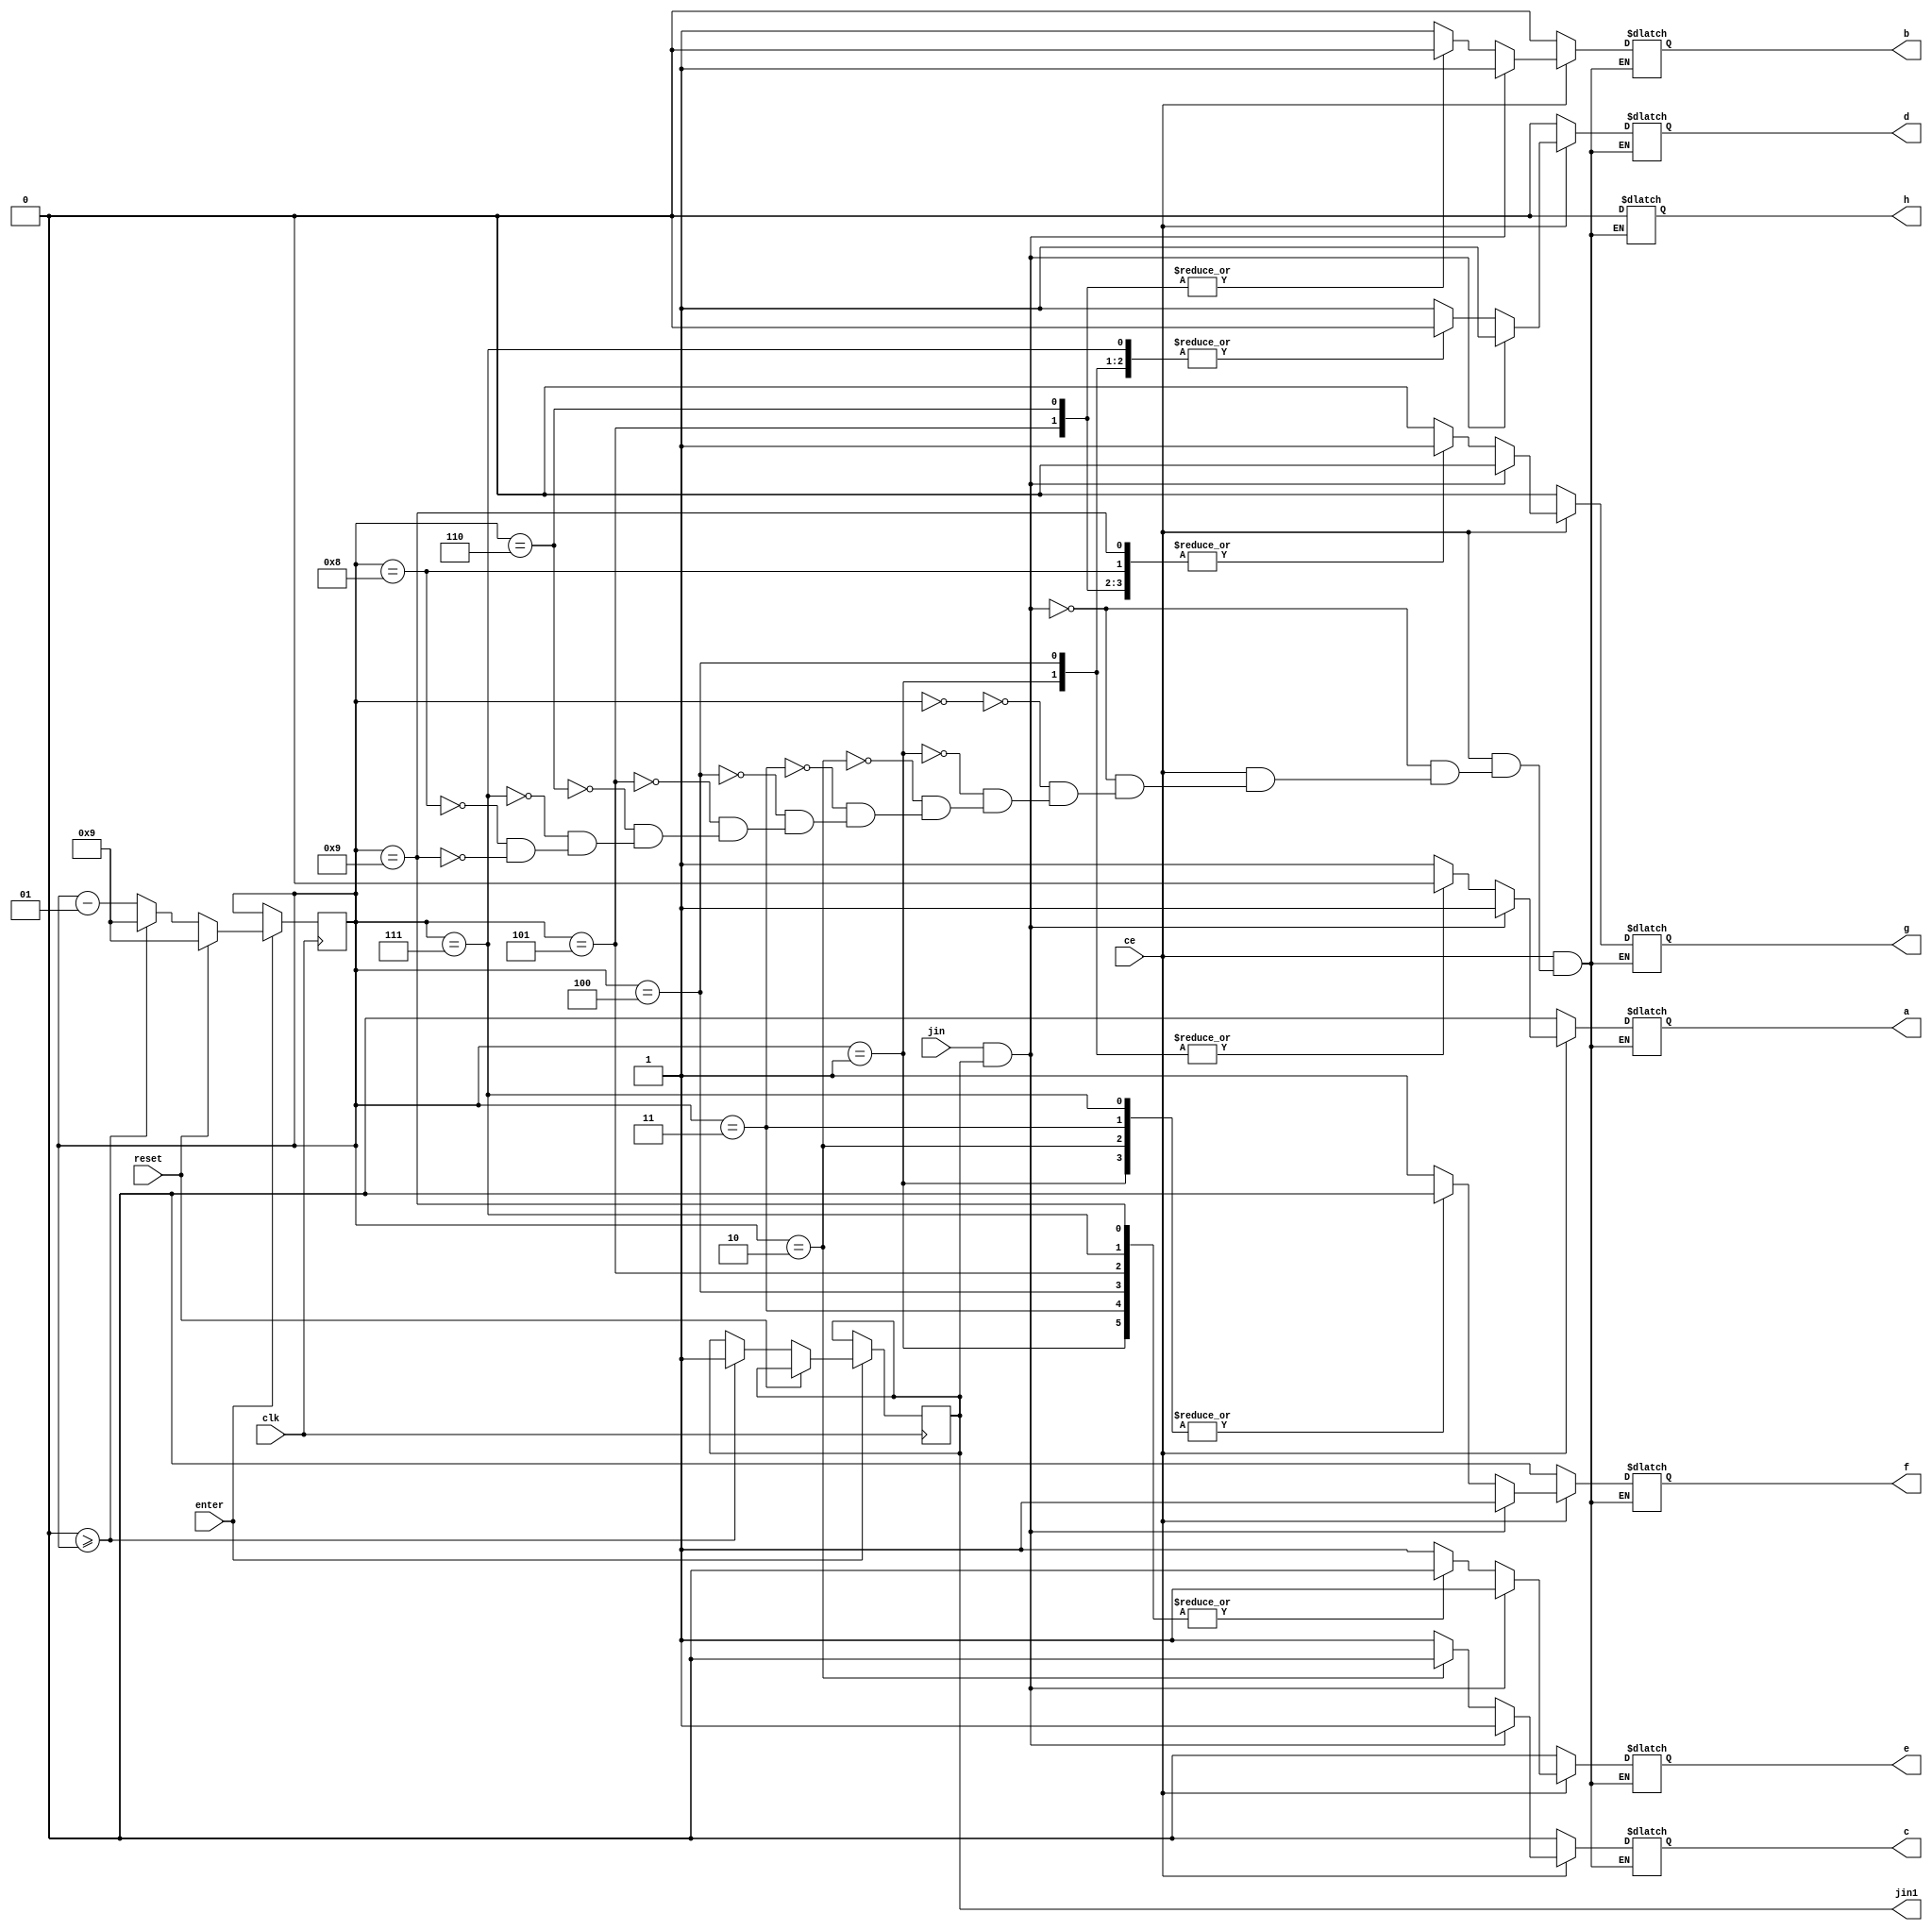
module clock_10(
    input clk,
    input reset,
    input ce,
    input enter,
    input jin,
    output reg a,
    output reg b,
    output reg c,
    output reg d,
    output reg e,
    output reg f,
    output reg g,
    output reg h,
    output jin1
    );
   integer Q=9; 
  reg jin1=0;
        always @ (posedge clk )
 begin 
   if(enter==1)
        begin
              if(reset)
              begin
                   Q<=9;
                   end
              else 
                 if(0>=Q)
                 begin
                  jin1 <= 1;
                      Q<=9;
                      end
                 else 
                 begin
                      Q<=Q-1;
                      end
        end
 end       
        always@(*)
         begin
            if (ce)
            begin
              if(jin==1&&jin1==1) begin {a,b,c,d,e,f,g,h} = 8'b11111100; end
              else
              begin
             case(Q)
             0: begin {a,b,c,d,e,f,g,h} = 8'b11111100; end
             1: begin {a,b,c,d,e,f,g,h} = 8'b01100000; end
             2: begin {a,b,c,d,e,f,g,h} = 8'b11011010; end
             3: begin {a,b,c,d,e,f,g,h} = 8'b11110010; end
             4: begin {a,b,c,d,e,f,g,h} = 8'b01100110; end
             5: begin {a,b,c,d,e,f,g,h} = 8'b10110110; end
             6: begin {a,b,c,d,e,f,g,h} = 8'b10111110; end
             7: begin {a,b,c,d,e,f,g,h} = 8'b11100000; end
             8: begin {a,b,c,d,e,f,g,h} = 8'b11111110; end
             9: begin {a,b,c,d,e,f,g,h} = 8'b11110110; end
             endcase
              end
            end
           else
               begin {a,b,c,d,e,f,g,h} = 8'b00000000; end
       end
endmodule